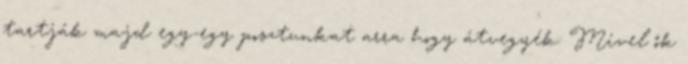
tartják majd egy-egy posztunkat arra hogy átvegyék. Mivel ők